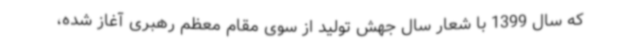
که سال 1399 با شعار سال جهش تولید از سوی مقام معظم رهبری آغاز شده،